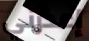
إعذرني